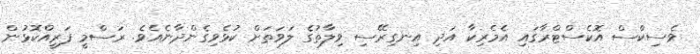
ވެސިކްސް އޮކެސްޓްރާގައި އެމެރިކާ އަދި އިނގިރޭސި ވިލާތުގެ ލަވަތަށް ކުޅެވިގެންދާނެއެވެ. ރަސްމީ ފަރީއްކޮޅުން